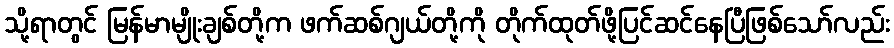
သို့ရာတွင် မြန်မာမျိုးချစ်တို့က ဖက်ဆစ်ဂျယ်တို့ကို တိုက်ထုတ်ဖို့ပြင်ဆင်နေပြီဖြစ်သော်လည်း